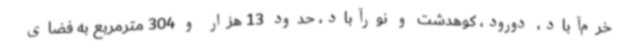
خرم‌آباد، دورود، کوهدشت و نورآباد، حدود 13 هزار و 304 مترمربع به فضای